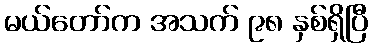
မယ်တော်က အသက် ၉၈ နှစ်ရှိပြီ